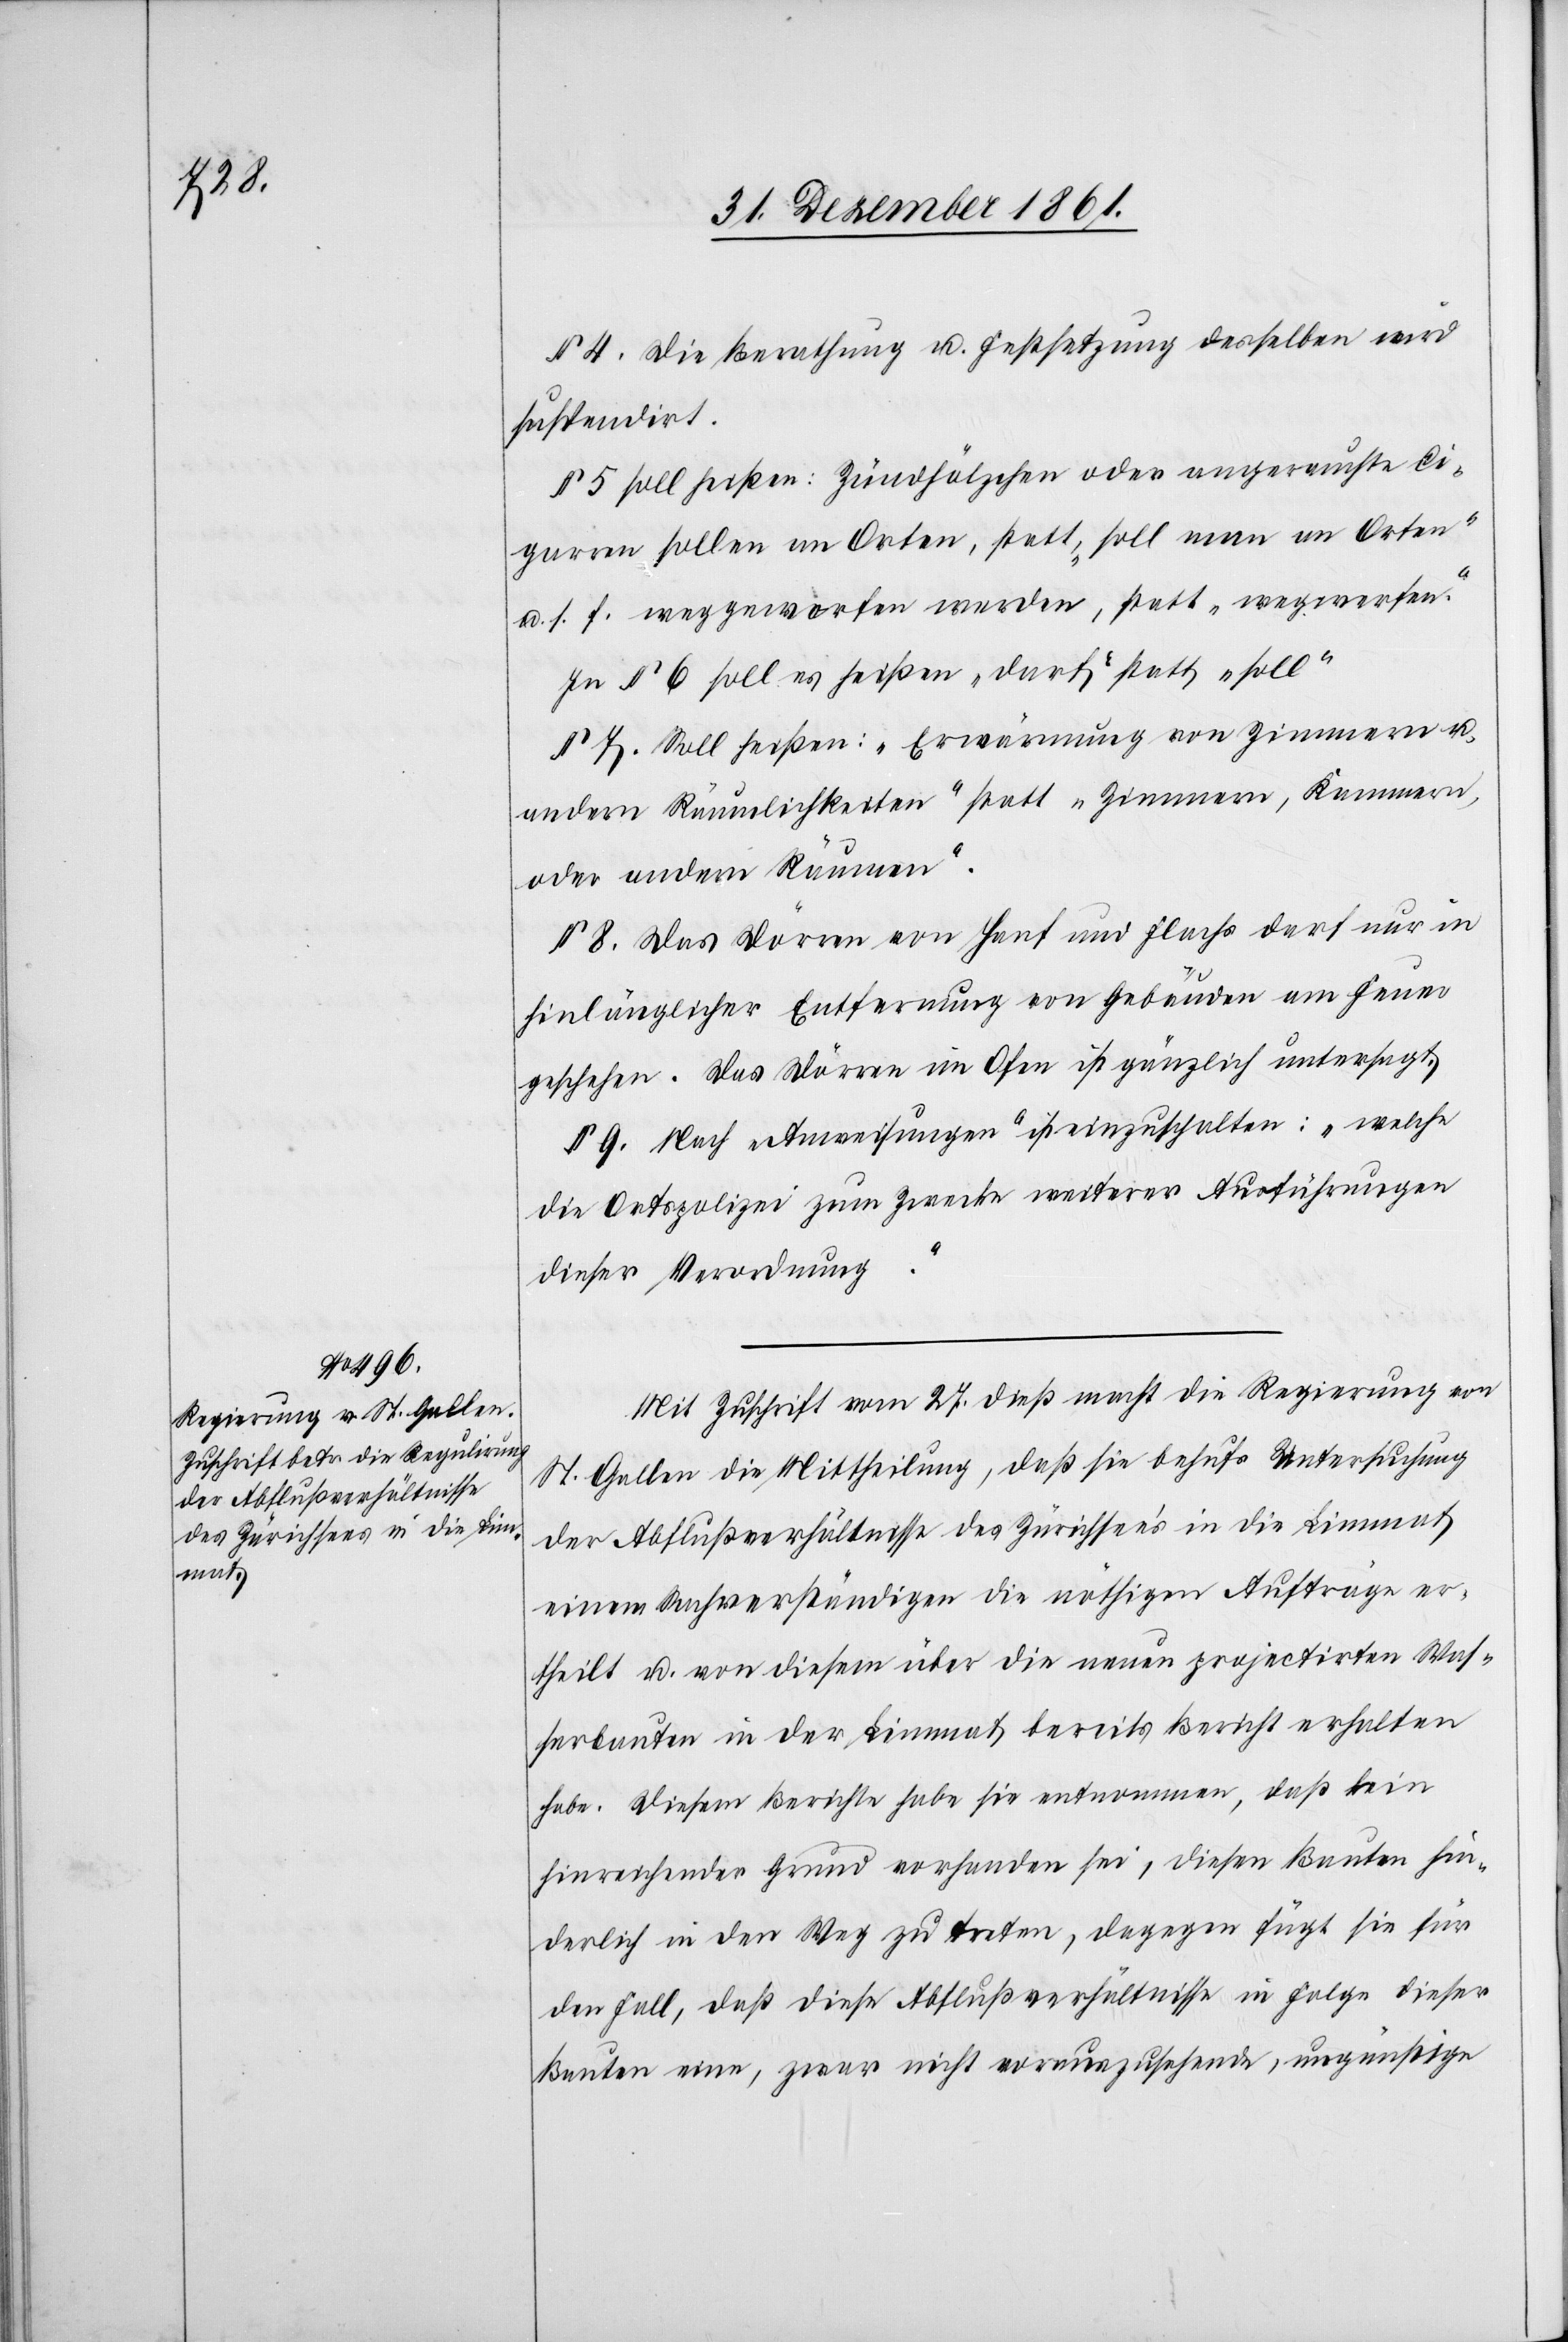
§ 4 Die Berathung u. Festsetzung desselben wird
suspendirt.
§ 5 soll heißen: Zundhölzchen oder angerauchte Ci¬
garren sollen an Orten, statt, „soll man Orten“
u. s. f. weggeworfen werden, statt „wegwerfen“.
In § 6 soll es heißen „darf“ statt „soll“.
§ 7. Soll heißen: „Erwärmung von Zimmern u.
andern Räumlichkeiten“ statt „Zimmern, Kammern,
oder andern Räumen.“
§ 8. Das Dörren von Hanf und Flachs darf nur in
hinlänglicher Entfernung von Gebäuden am Feuer
geschehen. Das Dörren im Ofen ist gänzlich untersagt.
§ 9. Nach „Anweisungen“ ist einzuschalten: „welche
die Ortspolizei zum Zwecke weiterer Ausführungen
dieser Verordnung
Mit Zuschrift vom 27 dieß macht die Regierung von
St. Gallen die Mittheilung, daß sie behufs Untersuchung
der Abflußverhältnisse des Zürichsee’s in die Limmat
einem Sachverständigen die nöthigen Aufträge er¬
theilt u. von diesem über die neuen projectirten Was¬
serbauten in der Limmat bereits Bericht erhalten
habe. Diesem Berichte habe sie entnommen, daß kein
hinreichender Grund vorhanden sei, diesen Bauten hin¬
derlich in den Weg zu treten, dagegen fügt sie für
den Fall, daß diese Abflußverhältnisse in Folge dieser
Bauten eine, zwar nicht vorauszusehende, ungünstige